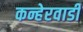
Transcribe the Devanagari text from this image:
कन्हेरवाडी